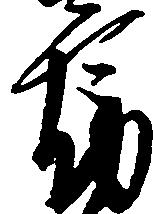
郎